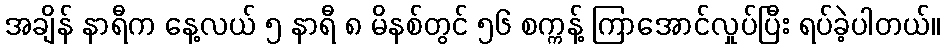
အချိန် နာရီက နေ့လယ် ၅ နာရီ ၈ မိနစ်တွင် ၅၆ စက္ကန့် ကြာအောင်လှုပ်ပြီး ရပ်ခဲ့ပါတယ်။